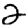
Digit: 2